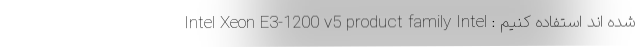
شده اند استفاده کنیم : Intel Xeon E3-1200 v5 product family Intel